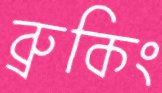
ব্রুকিং